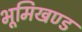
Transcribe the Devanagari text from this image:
भूमिखण्ड